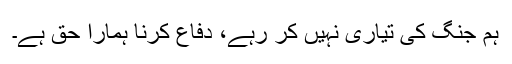
ہم جنگ کی تیاری نہیں کر رہے، دفاع کرنا ہمارا حق ہے۔